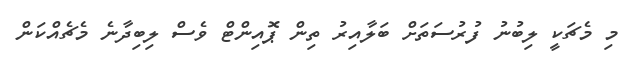
މި މެޗަކީ ލިބުނު ފުރުސަތަށް ބަލާއިރު ތިން ޕޮއިންޓް ވެސް ލިބިދާނެ މެޗެއްކަން